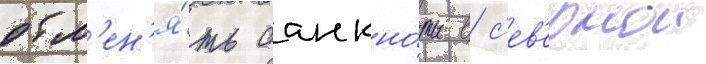
обм'ен'я́ть банкно́ты в с'ев'ернои